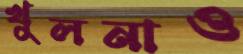
খুলনাও